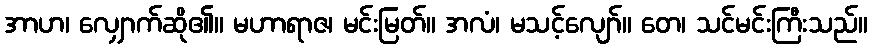
အာဟ၊ လျှောက်ဆို၏။ မဟာရာဇ၊ မင်းမြတ်။ အလံ၊ မသင့်လျော်။ တေ၊ သင်မင်းကြီးသည်။